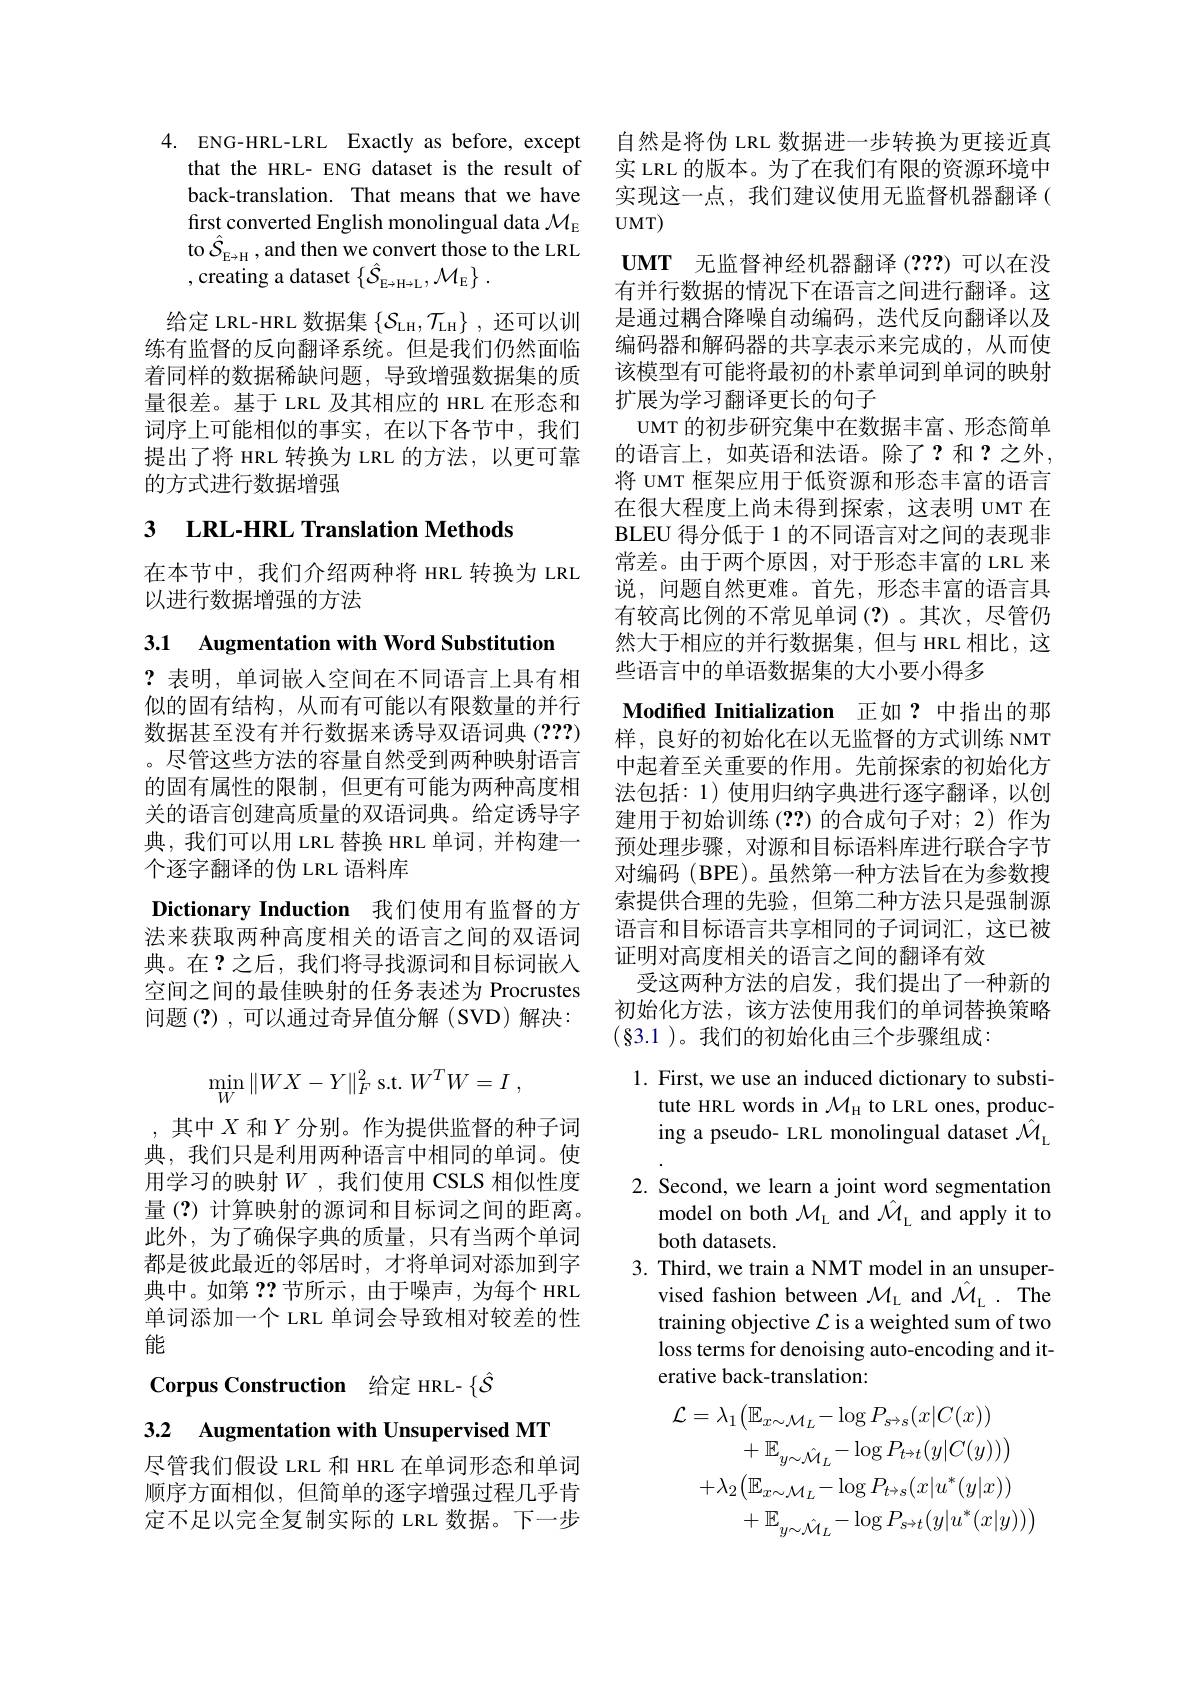
4. ENG-HRL-LRL Exactly as before, except
that the HRL- ENG dataset is the result of back-translation. That means that we have first converted English monolingual data $\mathcal{M}_\mathrm{E}$ to $\hat{\mathcal{S}}_{\mathrm{E\to H}}$,and then we convert those to the LRL ,creating a dataset$\left\{\hat{\mathcal{S}}_{\mathrm{E}\to\mathrm{H}\to\mathrm{L}},\mathcal{M}_{\mathrm{E}}\right\}.$

给定 LRL-HRL 数据集$\{\mathcal{S}_\mathrm{LH},\mathcal{T}_\mathrm{LH}\}$ ,还可以训练有监督的反向翻译系统。但是我们仍然面临着同样的数据稀缺问题，导致增强数据集的质量很差。基于 LRL 及其相应的 HRL 在形态和词序上可能相似的事实，在以下各节中，我们提出了将 HRL 转换为 LRL 的方法，以更可靠的方式进行数据增强

# 3 LRL-HRL Translation Methods

在本节中，我们介绍两种将 HRL 转换为 LRL
以进行数据增强的方法

3.1 Augmentation with Word Substitution
?表明，单词嵌入空间在不同语言上具有相似的固有结构，从而有可能以有限数量的并行数据甚至没有并行数据来诱导双语词典 (???) 。尽管这些方法的容量自然受到两种映射语言的固有属性的限制，但更有可能为两种高度相关的语言创建高质量的双语词典。给定诱导字典，我们可以用 LRL 替换 HRL 单词，并构建一个逐字翻译的伪 LRL 语料库
Dictionary Induction 我们使用有监督的方法来获取两种高度相关的语言之间的双语词典。在？之后，我们将寻找源词和目标词嵌人空间之间的最佳映射的任务表述为 Procrustes 问题(?),可以通过奇异值分解(SVD)解决：
$$\min\limits_{W}\|WX-Y\|_{F}^{2}\:\mathrm{s.t.}\:W^{T}W=I\:,$$
,其中$X$和$Y$分别。作为提供监督的种子词典，我们只是利用两种语言中相同的单词。使用学习的映射$W$,我们使用 CSLS 相似性度量(?)计算映射的源词和目标词之间的距离。此外，为了确保字典的质量，只有当两个单词都是彼此最近的邻居时，才将单词对添加到字典中。如第？?节所示，由于噪声，为每个 HRL 单词添加一个 LRL 单词会导致相对较差的性能

# Corpus Construction 给定 HRL- $\{\hat{S}$ 3.2 Augmentation with Unsupervised MT

尽管我们假设 LRL 和 HRL 在单词形态和单词顺序方面相似，但简单的逐字增强过程几乎肯定不足以完全复制实际的 LRL 数据。下一步

自然是将伪 LRL 数据进一步转换为更接近真实 LRL 的版本。为了在我们有限的资源环境中实现这一点，我们建议使用无监督机器翻译( $UMT)$
$\textbf{UMT}$ 无监督神经机器翻译 (2??) 可以在没有并行数据的情况下在语言之间进行翻译。这是通过耦合降噪自动编码，迭代反向翻译以及编码器和解码器的共享表示来完成的，从而使该模型有可能将最初的朴素单词到单词的映射扩展为学习翻译更长的句子
UMT 的初步研究集中在数据丰富、形态简单的语言上，如英语和法语。除了？和？之外， 将 UMT 框架应用于低资源和形态丰富的语言在很大程度上尚未得到探索，这表明 UMT 在BLEU 得分低于 1 的不同语言对之间的表现非常差。由于两个原因，对于形态丰富的 LRL 来说，问题自然更难。首先，形态丰富的语言具有较高比例的不常见单词(?)。其次，尽管仍然大于相应的并行数据集，但与 HRL 相比，这些语言中的单语数据集的大小要小得多
Modified Initialization 正如？中指出的那样，良好的初始化在以无监督的方式训练 NMT 中起着至关重要的作用。先前探索的初始化方法包括：1)使用归纳字典进行逐字翻译，以创建用于初始训练(??)的合成句子对；2)作为预处理步骤，对源和目标语料库进行联合字节对编码(BPE)。虽然第一种方法旨在为参数搜索提供合理的先验，但第二种方法只是强制源语言和目标语言共享相同的子词词汇，这已被证明对高度相关的语言之间的翻译有效
受这两种方法的启发，我们提出了一种新的初始化方法，该方法使用我们的单词替换策略$(\S3.1)。我们的初始化由三个步骤组成：$
1. First, we use an induced dictionary to substi-

tute HRL words in $\mathcal{M}_\mathrm{H}$ to LRL ones, producing a pseudo- LRL monolingual dataset $\hat{\mathcal{M}}_{\mathrm{L}}$
2. Second, we learn a joint word segmentation
model on both $\mathcal{M}_\mathrm{L}$ and $\hat{\mathcal{M}}_\mathrm{L}$ and apply it to
both datasets.
3. Third, we train a NMT model in an unsuper-
vised fashion between $\mathcal{M}_\mathrm{L}$ and $\hat{\mathcal{M}}_\mathrm{L}.$ The training objective $\mathcal{L}$ is a weighted sum of two loss terms for denoising auto-encoding and iterative back-translation:
$$\mathcal{L}=\lambda_{1}\big(\mathbb{E}_{x\sim\mathcal{M}_{L}}-\log P_{s\to s}(x|C(x))\\+\mathbb{E}_{y\sim\hat{\mathcal{M}}_{L}}-\log P_{t\to t}(y|C(y))\big)\\+\lambda_{2}\big(\mathbb{E}_{x\sim\mathcal{M}_{L}}-\log P_{t\to s}(x|u^{*}(y|x))\\+\mathbb{E}_{y\sim\hat{\mathcal{M}}_{L}}-\log P_{s\to t}(y|u^{*}(x|y))\big)$$